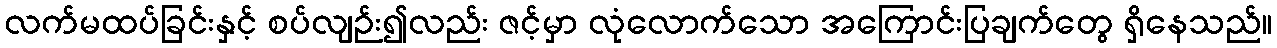
လက်မထပ်ခြင်းနှင့် စပ်လျဉ်း၍လည်း ဇင့်မှာ လုံလောက်သော အကြောင်းပြချက်တွေ ရှိနေသည်။